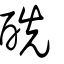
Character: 酰